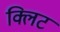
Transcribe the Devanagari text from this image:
क्लिट